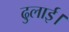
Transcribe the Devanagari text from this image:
ढुलाई।